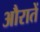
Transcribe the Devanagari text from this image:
औरातें